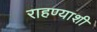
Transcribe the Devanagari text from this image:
राहण्याशी